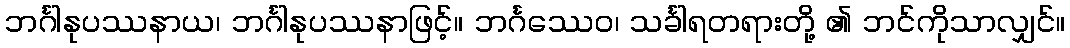
ဘင်္ဂါနုပဿနာယ၊ ဘင်္ဂါနုပဿနာဖြင့်။ ဘင်္ဂဿေဝ၊ သင်္ခါရတရားတို့ ၏ ဘင်ကိုသာလျှင်။